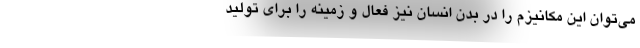
می‌توان این مکانیزم را در بدن انسان نیز فعال و زمینه را برای تولید